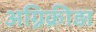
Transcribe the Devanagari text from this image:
अग्निक्रीड़ा